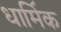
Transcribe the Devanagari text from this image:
धामि॔क